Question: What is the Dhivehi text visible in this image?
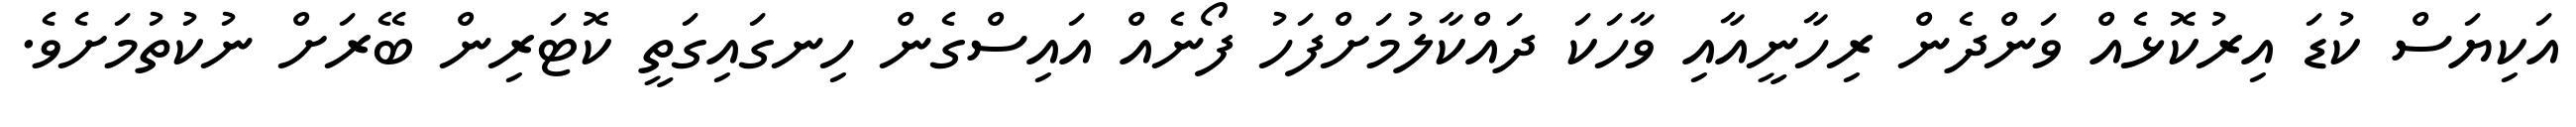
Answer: އަކިޔަސް ކުޑަ އިރުކޮޅެއް ވަންދެން ރިހާނީއާއި ވާހަކަ ދައްކާލުމަށްފަހު ފޯނެއް އައިސްގެން ހިނގައިގަތީ ކޮޓަރިން ބޭރަށް ނުކުތުމަށެވެ.